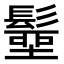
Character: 𩮢